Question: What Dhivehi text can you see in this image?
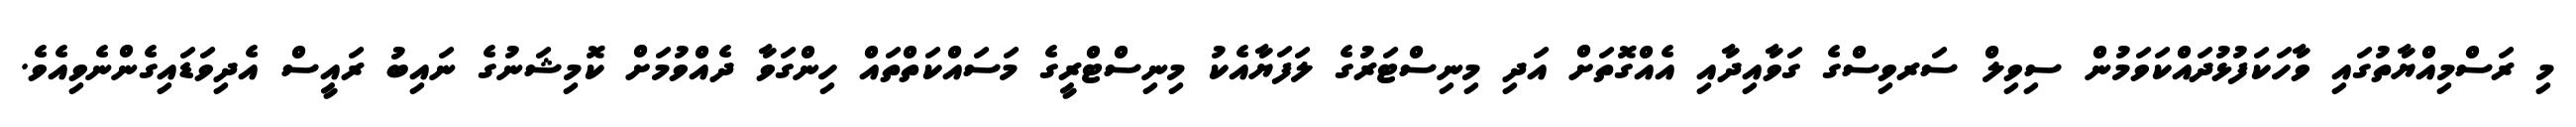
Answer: މި ރަސްމިއްޔާތުގައި ވާހަކަފުޅުދައްކަވަމުން ސިވިލް ސަރވިސްގެ ގަވާއިދާއި އެއްގޮތަށް އަދި މިނިސްޓަރުގެ ލަފަޔާއެކު މިނިސްޓްރީގެ މަސައްކަތްތައް ހިންގަވާ ދެއްވުމަށް ކޮމިޝަނުގެ ނައިބު ރައީސް އެދިވަޑައިގެންނެވިއެވެ.